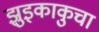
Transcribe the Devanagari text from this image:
झुइकाकुचा